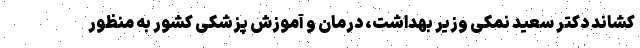
کشاند دکتر سعید نمکی وزیر بهداشت، درمان و آموزش پزشکی کشور به منظور